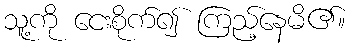
သူ့ကို ငေးစိုက်၍ ကြည့်နေမိ၏။